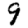
Digit: 9